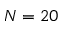
N = 2 0